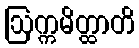
ဩက္ကမိတ္ထာတိ